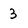
Character: 3